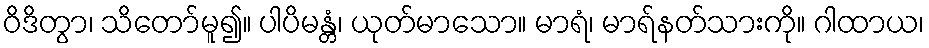
ဝိဒိတွာ၊ သိတော်မူ၍။ ပါပိမန္တံ၊ ယုတ်မာသော။ မာရံ၊ မာရ်နတ်သားကို။ ဂါထာယ၊